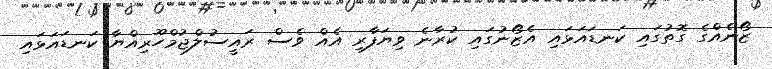
ޒޯނެއްގެ ގޮތުގައި ކަނޑައަޅައި އެޒޯނުގައި ކުރާނެ ވިޔަފާރި އެއް ވެސް ރައީސުލްޖުމްހޫރިއްޔާ ކަނޑައަޅައި